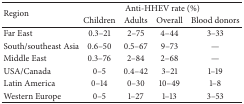
<table><thead><tr><td rowspan="2"><b>Region</b></td><td colspan="4"><b>Anti-HHEV rate (%)</b></td></tr><tr><td><b>Children</b></td><td><b>Adults</b></td><td><b>Overall</b></td><td><b>Blood donors</b></td></tr></thead><tbody><tr><td>Far East</td><td>0.3–21</td><td>2–75</td><td>4–44</td><td>3–33</td></tr><tr><td>South/southeast Asia</td><td>0.6–50</td><td>0.5–67</td><td>9–73</td><td>—</td></tr><tr><td>Middle East</td><td>0.3–76</td><td>2–84</td><td>2–68</td><td>—</td></tr><tr><td>USA/Canada</td><td>0–5</td><td>0.4–42</td><td>3–21</td><td>1–19</td></tr><tr><td>Latin America</td><td>0–14</td><td>0–30</td><td>10–49</td><td>1–8</td></tr><tr><td>Western Europe</td><td>0–5</td><td>1–27</td><td>1–13</td><td>3–53</td></tr></tbody></table>